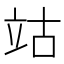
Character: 𥩪